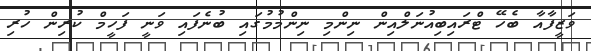
ވަޒީފާއާ ބެހޭ ޓްރައިބިއުނަލްއިން ނިންމި ނިންމުމުގައި ބުނެފައި ވަނީ ފަހީމް ކުރިން ހުރި